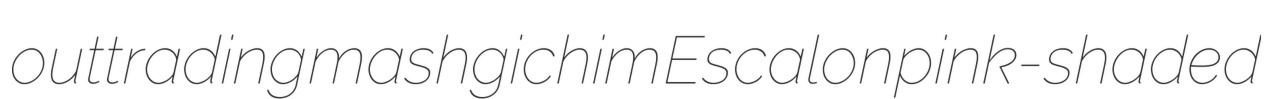
outtrading mashgichim Escalon pink-shaded